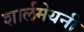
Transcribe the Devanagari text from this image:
शार्लमेयनी